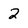
Character: 2